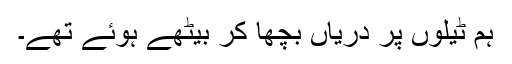
ہم ٹیلوں پر دریاں بچھا کر بیٹھے ہوئے تھے۔